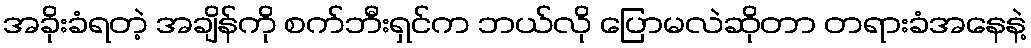
အခိုးခံရတဲ့ အချိန်ကို စက်ဘီးရှင်က ဘယ်လို ပြောမလဲဆိုတာ တရားခံအနေနဲ့